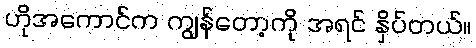
ဟိုအကောင်က ကျွန်တော့ကို အရင် နှိပ်တယ်။